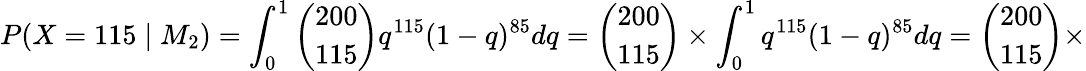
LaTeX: P(X=115\mid M_{2})=\int_{0}^{1}{\binom{200}{115}}q^{115}(1-q)^{85}dq={\binom{200}{115}}\times\int_{0}^{1}q^{115}(1-q)^{85}dq={\binom{200}{115}}\times